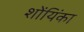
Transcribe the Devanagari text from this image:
शोंयिंका